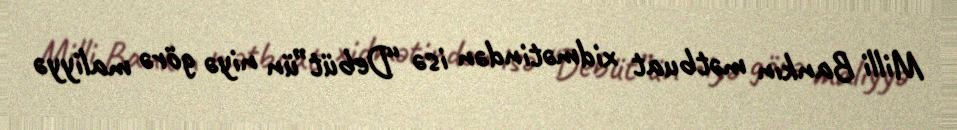
Milli Bankın mətbuat xidmətindən isə “Debüt”ün niyə görə maliyyə